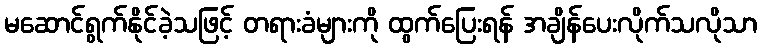
မဆောင်ရွက်နိုင်ခဲ့သဖြင့် တရားခံများကို ထွက်ပြေးရန် အချိန်ပေးလိုက်သလိုသာ